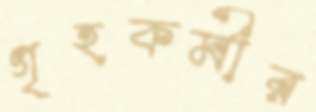
গৃহকর্মীর